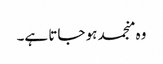
وہ منجمد ہو جاتا ہے۔